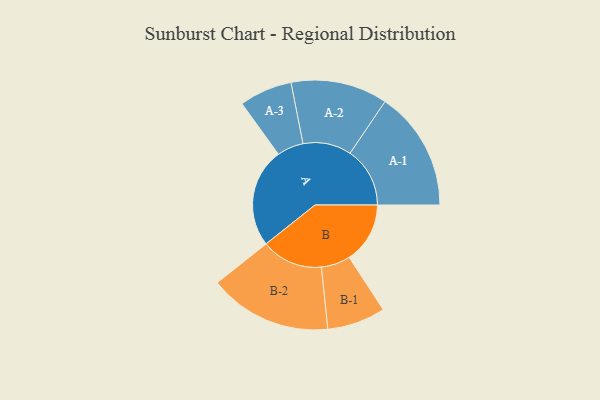
{"axis": {"x": "Segment", "y": "Value"}, "legend": ["", "A", "B"], "data": [{"x": "A", "y": 484, "type": ""}, {"x": "B", "y": 297, "type": ""}, {"x": "A-1", "y": 292, "type": "A"}, {"x": "A-2", "y": 236, "type": "A"}, {"x": "A-3", "y": 129, "type": "A"}, {"x": "B-1", "y": 142, "type": "B"}, {"x": "B-2", "y": 300, "type": "B"}]}